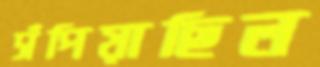
সঁপিয়াছিল